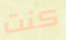
كنت